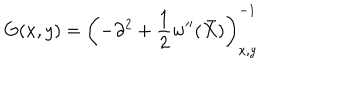
LaTeX: G ( x , y ) = \left( - \partial ^ { 2 } + \frac 1 2 w ^ { \prime \prime } ( \bar { X } ) \right) _ { x , y } ^ { - 1 }